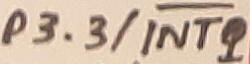
Text: P3.3/INT1